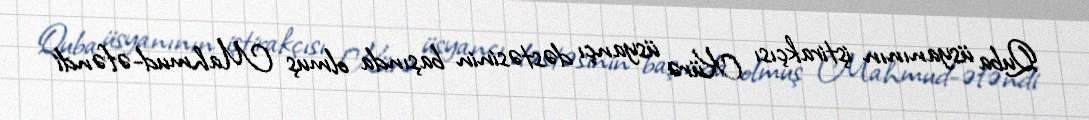
Quba üsyanının iştirakçısı Kürə üsyançı dəstəsinin başında olmuş Mahmud-əfəndi